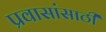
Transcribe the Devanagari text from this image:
प्रवासांसाठी